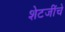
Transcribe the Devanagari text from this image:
शेटजींचे